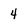
Character: 4